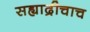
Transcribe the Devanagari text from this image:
सह्याद्रीचाच